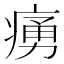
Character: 𤸝